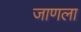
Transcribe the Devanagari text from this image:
जाणला